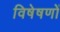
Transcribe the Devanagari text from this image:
विषेषणों